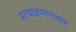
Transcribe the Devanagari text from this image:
प्रत्याक्रमणकर